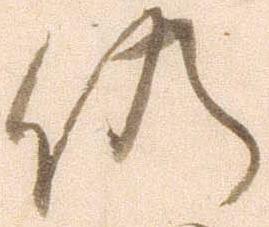
仍